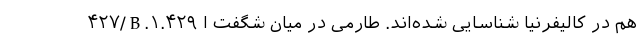
۴۲۷/B.۱.۴۲۹ هم در کالیفرنیا شناسایی شده‌اند. طارمی در میان شگفت ا